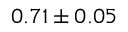
0 . 7 1 \pm 0 . 0 5